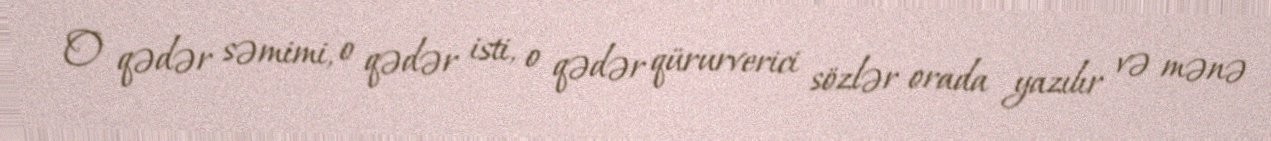
O qədər səmimi, o qədər isti, o qədər qürurverici sözlər orada yazılır və mənə